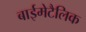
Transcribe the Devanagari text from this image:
बाईमेटैलिक